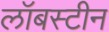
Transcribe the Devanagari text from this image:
लॉबस्टीन